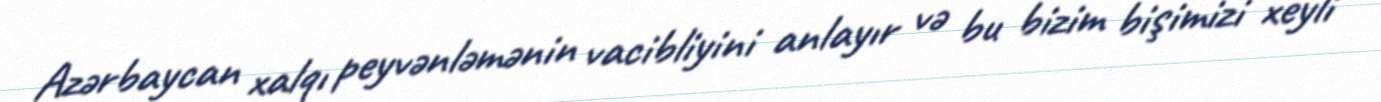
Azərbaycan xalqı peyvənləmənin vacibliyini anlayır və bu bizim bişimizi xeyli